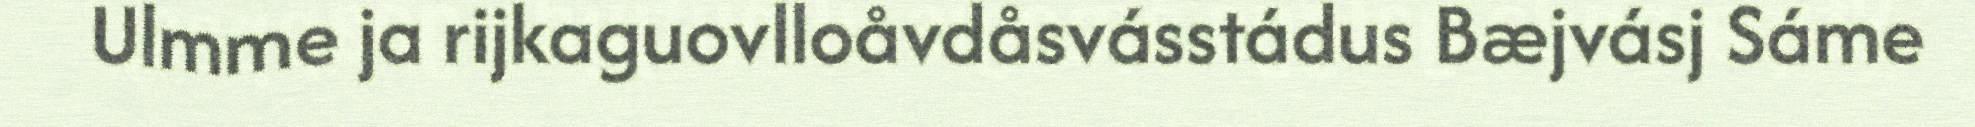
Ulmme ja rijkaguovlloåvdåsvásstádus Bæjvásj Sáme